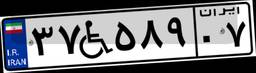
۳۷W۵۸۹۰۷